Mental hospitals Bombay report 1929-33 - 1929-1933
Year: 1929
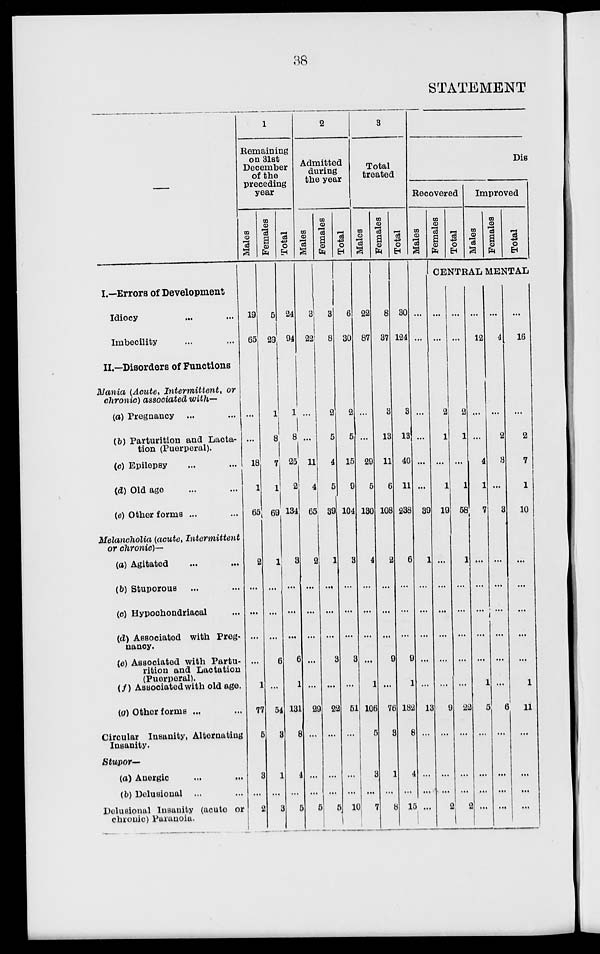
38
STATEMENT
—
I.—Errors of Development
Idiocy ... ...
Imbecility ... ...
II.—Disorders of Functions
Mania (Acute, Intermittent, or
chronic) associated with—
(a) Pregnancy ... ...
(b) Parturition and Lacta-
tion (Puerperal).
(c) Epilepsy ... ...
(d) Old age ... ...
(e) Other forms ... ...
Melancholia (acute, Intermittent
or chronic)—
(a) Agitated ... ...
(b) Stuporous ... ...
(c) Hypochondriacal ...
(d) Associated with Preg-
nancy.
(e) Associated with Partu-
rition and Lactation
(Puerperal).
(f) Associated with old age.
(g) Other forms ...
Circular Insanity, Alternating
Insanity.
Stupor—
(a) Anergic ... ...
(b) Delusional ... ...
Dolusional Insanity (acute or
chronic) Paranoia.
1
Remaining
on 31st
December
of the
preceding
year
Males
19
65
...
...
18
1
65
2
...
...
...
...
1
77
5
3
...
2
Females
5
29
1
8
7
1
69
1
...
...
...
6
...
54
3
1
...
3
Total
24
94
1
8
25
2
134
3
...
...
...
6
1
131
8
4
...
5
2
Admitted
during
the year
Males
3
22
...
...
11
4
65
2
...
...
...
...
...
29
...
...
...
5
Females
3
8
2
5
4
5
39
1
...
...
...
3
...
22
...
...
...
5
Total
6
30
2
5
15
9
104
3
...
...
...
3
...
51
...
...
...
10
3
Total
treated
Males
22
87
...
...
29
5
130
4
...
...
...
...
1
106
5
3
...
7
Females
8
37
3
13
11
6
108
2
...
...
...
9
...
76
3
1
...
8
Total
30
124
3
13
40
11
238
6
...
...
...
9
1
182
8
4
...
15
Dis
Recovered
Males
...
...
...
...
...
...
39
1
...
...
...
...
...
13
...
...
...
...
Females
Total
Improved
Males
Females
Total
CENTRAL MENTAL
...
...
2
1
...
1
19
...
...
...
...
...
...
9
...
...
...
2
...
...
2
1
...
1
58
1
...
...
...
...
...
22
...
...
...
2
...
12
...
...
4
1
7
...
...
...
...
...
1
5
...
...
...
...
...
4
...
2
3
...
3
...
...
...
...
...
...
6
...
...
...
...
...
16
...
2
7
1
10
...
...
...
...
...
1
11
...
...
...
...